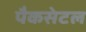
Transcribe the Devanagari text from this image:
पैकसेटल